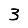
Digit: 3